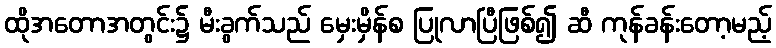
ထိုအတောအတွင်း၌ မီးခွက်သည် မှေးမှိန်စ ပြုလာပြီဖြစ်၍ ဆီ ကုန်ခန်းတော့မည့်